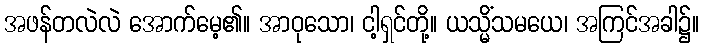
အဖန်တလဲလဲ အောက်မေ့၏။ အာဝုသော၊ ငါ့ရှင်တို့။ ယသ္မိံသမယေ၊ အကြင်အခါ၌။